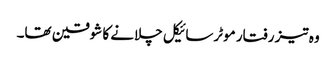
وہ تیز رفتار موٹرسائیکل چلانے کا شوقین تھا۔